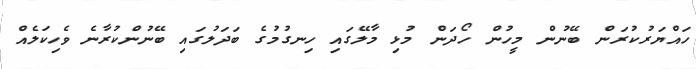
ހައްޔަރުކުރަން ބޭނުން މީހުން ހޯދަން މުޅި މާލޭގައި ހިނގުމުގެ ބަދަލުގައި ބޭނުންކުރާނެ ވެހިކަލެއް